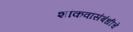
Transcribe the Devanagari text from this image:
शांकवांसंबंधीचे